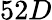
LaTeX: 52D